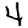
Digit: 4